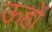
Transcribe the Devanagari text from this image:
ऊहों